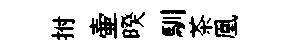
拊壷暌馴茶凰